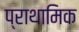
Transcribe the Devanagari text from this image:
प्राथामिक